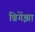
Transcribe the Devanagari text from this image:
ब्रिगेंझा